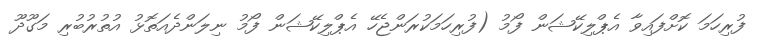
ފުރިހަމަ ކޮށްފައިވާ އެޕްލިކޭޝަން ފޯމު (ފުރިހަމަކުރަންޖެހޭ އެޕްލިކޭޝަން ފޯމު ނިލަންދެއަތޮޅު އުތުރުބުރި މަގޫދޫ